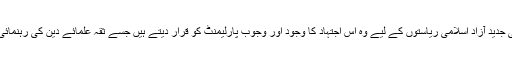
مستقبل کی جدید آزاد اسلامی ریاستوں کے لیے وہ اس اجتہاد کا وجود اور وجوب پارلیمنٹ کو قرار دیتے ہیں جسے ثقہ علمائے دین کی رہنمائی میسر ہو۔